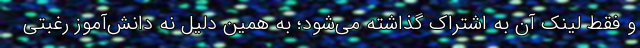
و فقط لینک آن به اشتراک گذاشته می‌شود؛ به همین دلیل نه دانش‌آموز رغبتی